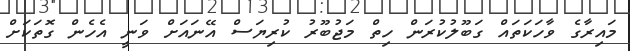
މައިރާގެ ވާހަކަތައް ގަބޫލުކުރަން ހިތް މަޖުބޫރު ކުރިޔަސް އޭނައަށް ވަނީ އެހެން ގޮތަކަށް